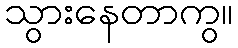
သွားနေတာကွ။